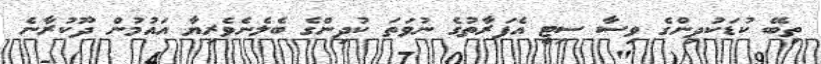
ތިބޭ ކުޑަކުދިންގެ ވިސާ ސިޓީ އެފަރާތުގެ ނުވަތަ ކުދިންގެ ބެލެނެވެރިޔާ އައުމުން ދޫކުރާނެ